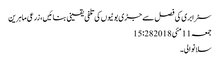
سٹرابری کی فصل سے جڑی بوٹیوں کی تلفی یقینی بنائیں،زرعی ماہرین
جمعہ 11 مئی 2018 15:28
سلانوالی۔